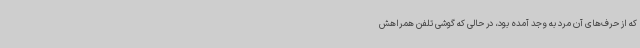
که از حرف‌های آن مرد به وجد آمده بود، در حالی که گوشی تلفن همراهش